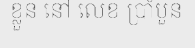
ខ្លួន នៅ លេខ ប្រាំបួន